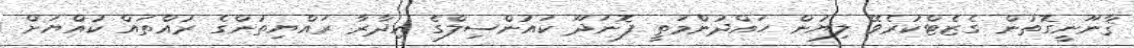
ޤާނޫނީގޮތުން ގެޒެޓްކުރެވޭ ލިޔުން ހައްދުންމަތީ ފޮނަދޫ ކައުންސިލްގެ އިދާރާ ރައްޔިތުންގެ ރުއްތައް ކުއްޔަށް